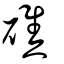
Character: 礁